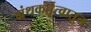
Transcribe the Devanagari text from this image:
ग्रंथकर्तृत्वातून